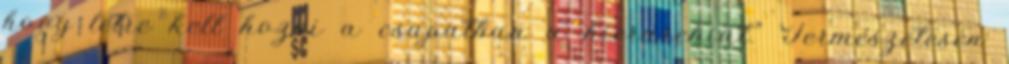
hogy létre kell hozni a csapatban a hierarchiát.” Természetesen